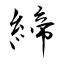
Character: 締